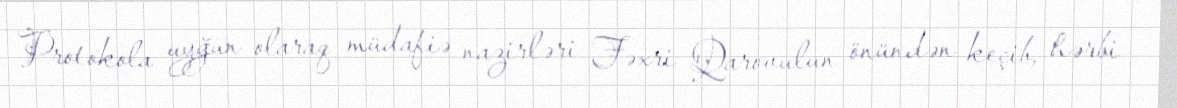
Protokola uyğun olaraq müdafiə nazirləri Fəxri Qarovulun önündən keçib, hərbi